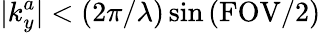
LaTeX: |k_{y}^{a}|<(2\pi/\lambda)\sin{(\mathrm{FOV/2)}}